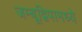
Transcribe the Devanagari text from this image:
जम्बूद्विपामध्ये